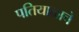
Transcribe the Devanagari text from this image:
पतियाळाचे